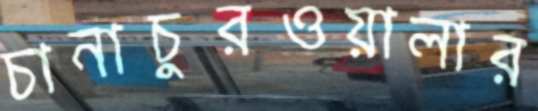
চানাচুরওয়ালার